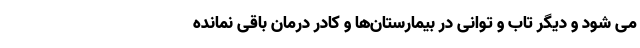
می شود و دیگر تاب و توانی در بیمارستان‌ها و کادر درمان باقی نمانده